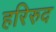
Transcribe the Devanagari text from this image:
हरिरुद